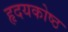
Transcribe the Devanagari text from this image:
हृदयकोष्ठ